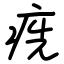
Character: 㾌